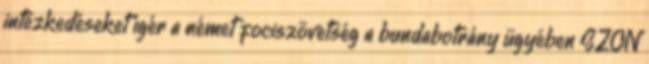
intézkedéseket ígér a német fociszövetség a bundabotrány ügyében SZON